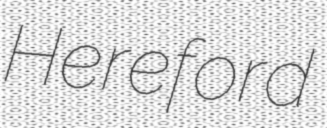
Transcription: Hereford